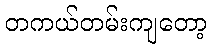
တကယ်တမ်းကျတော့